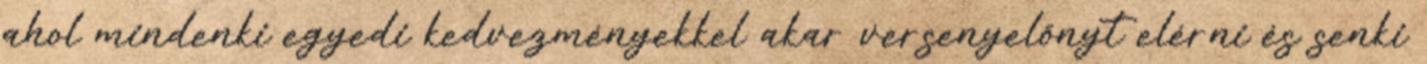
ahol mindenki egyedi kedvezményekkel akar versenyelőnyt elérni és senki